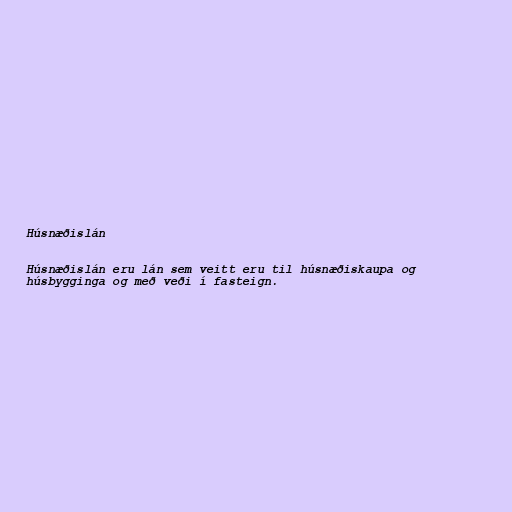
Húsnæðislán

Húsnæðislán eru lán sem veitt eru til húsnæðiskaupa og
húsbygginga og með veði í fasteign.